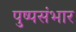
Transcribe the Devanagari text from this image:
पुष्पसंभार